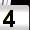
Digit: 4